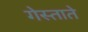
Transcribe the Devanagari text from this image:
गेस्ताते